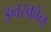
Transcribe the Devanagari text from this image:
इनरकॉन